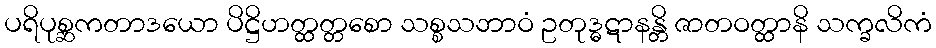
ပရိပုစ္ဆကတာဒယော ပိဋ္ဌိဟတ္ထတ္တစော သစ္စသဘာဝံ ဥတုဒ္ဓဋာနန္တိ ဇာတဝတ္ထာနိ သက္ခလိကံ